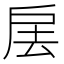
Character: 㧁